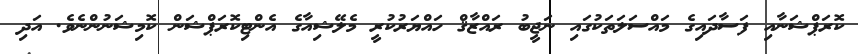
ކޮރަޕްޝަނާއި ފަސާދައިގެ މައްސަލަތަކުގައި ނަޖީބު ރައްޒާޤް ހައްޔަރުކުރީ މެލޭޝިއާގެ އެންޓިކޮރަޕްޝަން ކޮމިޝަނުންނެވެ. އަދި